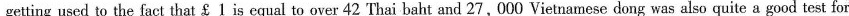
getting used to the fact that ￡ 1 is equal to over 42 Thai baht and 27,000 Vietnamese dong was also quite a good test for